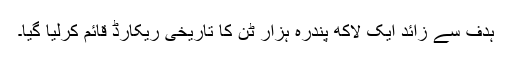
ہدف سے زائد ایک لاکھ پندرہ ہزار ٹن کا تاریخی ریکارڈ قائم کرلیا گیا۔